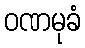
ဝဏမုခံ